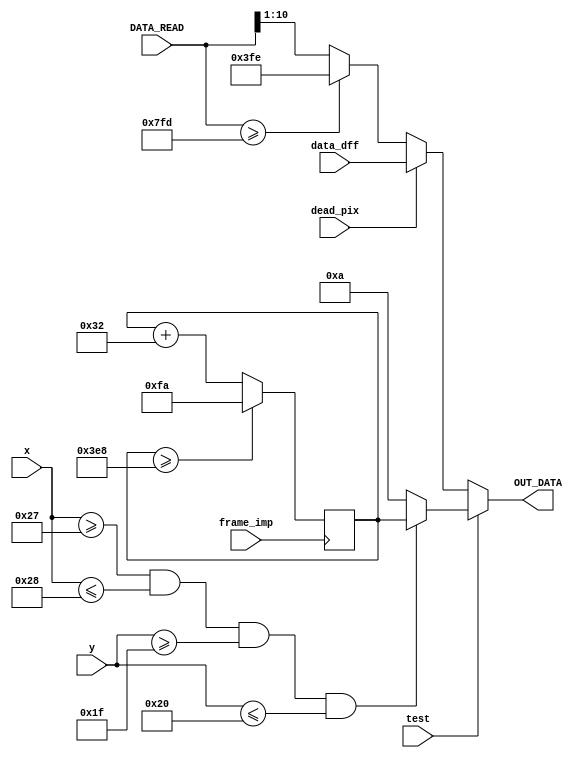
module ERASE_1023(
	input wire [15:0] DATA_READ,
	input wire [6:0] x,
	input wire [5:0] y,
	input wire [9:0] data_dff,
	input wire dead_pix,
	input wire test,
	input wire frame_imp,
	output reg [9:0] OUT_DATA);	
	
	reg [9:0] out_A;
	reg [9:0] out_B;
	reg [9:0] cntF;
	
always @ (posedge frame_imp) begin
		if (cntF>=1000)
			cntF<=250;
		else
			cntF<=cntF+50;
end

always @* begin
	// Overload
	if (DATA_READ >= 16'd2045)
		out_A = 10'd1022;
	else
		out_A = DATA_READ[10:1];

	// DEAD pixel
	if (dead_pix==1)
		out_B = data_dff;
	else
		out_B = out_A;
		
	// Test plus
	if (test==1) begin
		if ((x>=39)&&(x<=40)&&(y>=31)&&(y<=32))
			OUT_DATA = cntF;
		else
			OUT_DATA = 10;
	end
	else
		OUT_DATA = out_B;
end
endmodule